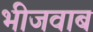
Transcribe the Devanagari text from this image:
भीजवाब